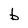
Character: b